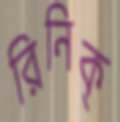
রিনিক্